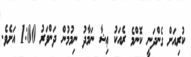
ކުރިއަށް ގެންދަނީ ކޮންމެ ރެއަކު ޢިޝާ ނަމާދު ނިމުމުން ދަންވަރު 1:00 އަށެވެ.